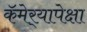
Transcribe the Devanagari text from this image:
कॅमेर्‍यापेक्षा